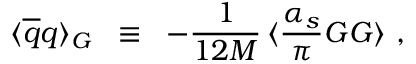
\langle \overline { { { q } } } q \rangle _ { G } \; \; \equiv \; \; - \frac { 1 } { 1 2 M } \, \langle \frac { \alpha _ { s } } { \pi } G G \rangle \ ,